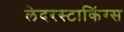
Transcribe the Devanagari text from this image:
लेदरस्टाकिंग्स